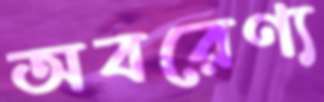
অবরেণ্য